Annual vaccination report of Bihar and Orissa - 1911-1928
Year: 1911
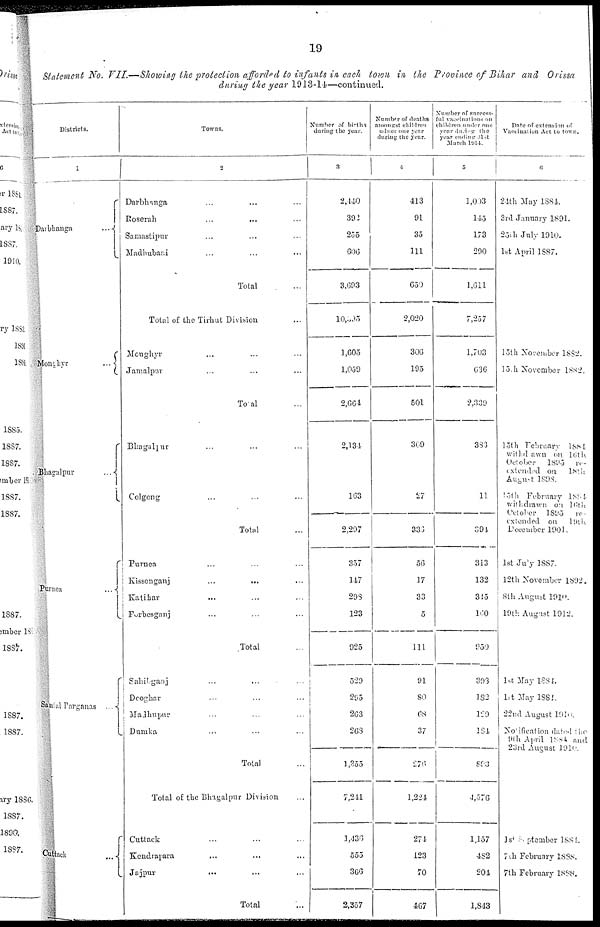
19
Statement No. VII.—Showing the protection afforded to infants in each town in the Province of Bihar and Orissa
during the year 1913-14—continued.
Districts.
1
Darbhanga...
Monghyr...
Bhagalpur...
Purnea...
Santhal Parganas...
Cuttack...
Towns.
2
Darbhanga... ...
Roserah... ...
Samastipur... ...
Madhubani... ...
Total...
Total of the Tirhut Division
Monghyr... ...
Jamalpur... ...
Total...
Bhagalpur... ...
Colgong... ...
Total...
Purnea... ...
Kissenganj...
...
Katihar...
...
Forbesganj... ...
Total...
Sahilganj... ...
Dooghar... ...
Madhupur... ...
Dumka... ...
Total...
Total of the Bhigalpur Division
Cuttack...
Kendrapara...
Jajpur...
...
Total...
Number of births
during the year.
3
2,440
392
256
606
3,693
10,595
1,605
1,059
2,664
2,134
163
2,297
357
147
293
123
925
529
295
203
268
1,355
7,211
1,436
555
366
2,357
Number of death
smallest children
under one year
during the year.
4
413
91
35
111
659
2,020
306
195
501
309
27
333
56
17
33
5
111
91
80
68
37
276
1,221
274
123
70
467
Number of success-
ful vaccination on
children under one
year during the
year ending 31st
March 1914.
5
1,003
145
173
290
1,611
7,257
1,703
636
2,339
383
11
394
313
132
315
100
950
393
132
120
184
893
4,576
1,157
482
201
1,843
Date of extension of
Vaccination Act to town.
6
21th May 1884.
3rd January 1891.
25th July 1910.
1st April 1887.
15th November 1882.
15th November 1882.
15th February 1881
withdrawn
on 16th
October
1895
extended on
18th
August 1898.
15yh February 1884
withdrawn on 16th
October 1895
extended on 19th
December 1901.
1st July 1887.
12th November 1892.
8th August 1910.
19th August 1912.
1st May 1884.
1st May 1881.
22nd August 1910.
No infection dated the
9th April 1884 and
23rd August 1910.
1st September 1884.
7 th February 1888.
7th February 1888.